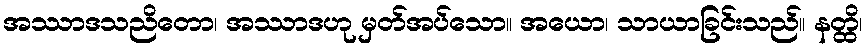
အဿာဒသညိတော၊ အဿာဒဟု မှတ်အပ်သော။ အယော၊ သာယာခြင်းသည်။ နတ္ထိ၊